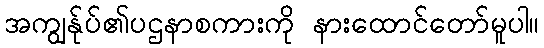
အကျွန်ုပ်၏ပဌနာစကားကို နားထောင်တော်မူပါ။